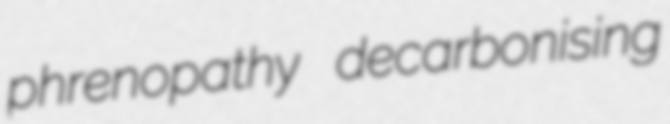
phrenopathy decarbonising